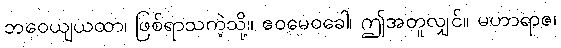
ဘဝေယျယထာ၊ ဖြစ်ရာသကဲ့သို့။ ဧဝမေဝခေါ၊ ဤအတူလျှင်။ မဟာရာဇ၊